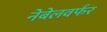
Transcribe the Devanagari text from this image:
नेबेलवर्फर